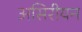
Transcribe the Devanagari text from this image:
असिरीयन